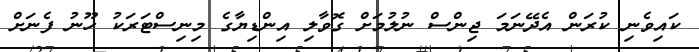
ކައިވެނި ކުރަން އެދޭނަމަ ޖިންސް ނުލުމަށް ގޮވާލި އިންޑިޔާގެ މިނިސްޓަރަކު ހޫނު ފެނަށް